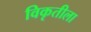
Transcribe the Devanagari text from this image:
विकृतीला